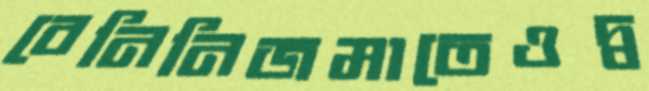
বেনিনিজমাতেওদ্ব